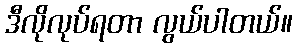
ဒီလိုလုပ်ရတာ လွယ်ပါတယ်။